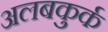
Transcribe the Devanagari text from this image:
अलबकुर्क